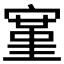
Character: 𫳱